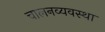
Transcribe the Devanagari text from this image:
चालनव्यवस्था